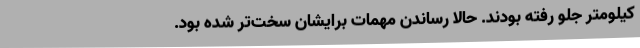
کیلومتر جلو رفته بودند. حالا رساندن مهمات برایشان سخت‌تر شده بود.